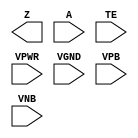
module sky130_fd_sc_hd__einvp (
    Z   ,
    A   ,
    TE  ,
    VPWR,
    VGND,
    VPB ,
    VNB
);

    output Z   ;
    input  A   ;
    input  TE  ;
    input  VPWR;
    input  VGND;
    input  VPB ;
    input  VNB ;
endmodule